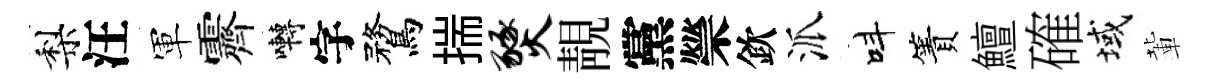
梨汪軍霽囀字鶩揣燹靚黨禜欽派呌簀鱣確域輩